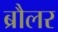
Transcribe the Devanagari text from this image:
ब्रौलर